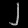
Digit: ၂